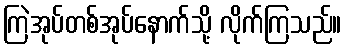
ကြဲအုပ်တစ်အုပ်နောက်သို့ လိုက်ကြသည်။